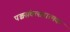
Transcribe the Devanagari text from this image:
पञ्चसंवत्सरात्मक